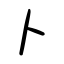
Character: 卜